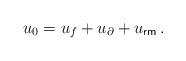
LaTeX: \begin{align*} u_0 = u_{f} + u_{\partial} + u_{\sf rm}\,.\end{align*}